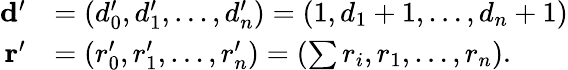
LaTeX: \begin{array}{rl}{\mathbf{d}^{\prime}}&{=(d_{0}^{\prime},d_{1}^{\prime},\dotsc,d_{n}^{\prime})=(1,d_{1}+1,\dotsc,d_{n}+1)}\\ {\mathbf{r}^{\prime}}&{=(r_{0}^{\prime},r_{1}^{\prime},\dotsc,r_{n}^{\prime})=(\sum r_{i},r_{1},\dotsc,r_{n}).}\end{array}